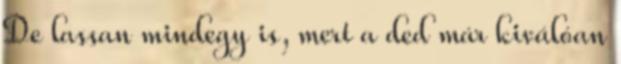
De lassan mindegy is, mert a ded már kiválóan